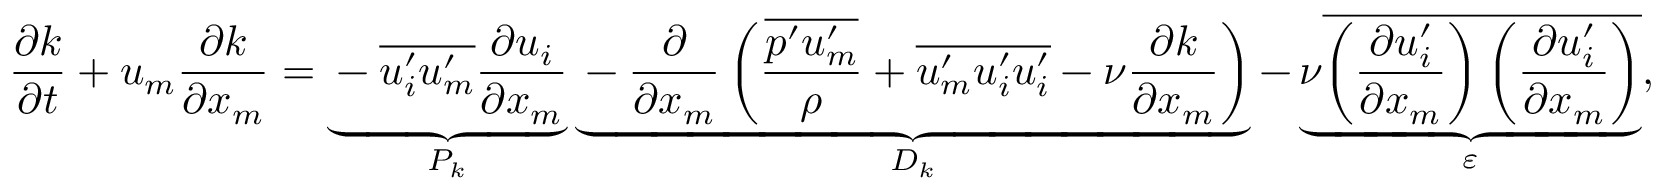
\frac { \partial k } { \partial t } + u _ { m } \frac { \partial k } { \partial x _ { m } } = \underbrace { - \overline { { u _ { i } ^ { \prime } u _ { m } ^ { \prime } } } \frac { \partial u _ { i } } { \partial x _ { m } } } _ { P _ { k } } \underbrace { - \frac { \partial } { \partial x _ { m } } \left( \frac { \overline { { p ^ { \prime } u _ { m } ^ { \prime } } } } { \rho } + \overline { { u _ { m } ^ { \prime } u _ { i } ^ { \prime } u _ { i } ^ { \prime } } } - \nu \frac { \partial k } { \partial x _ { m } } \right) } _ { D _ { k } } - \underbrace { \nu \overline { { \left( \frac { \partial u _ { i } ^ { \prime } } { \partial x _ { m } } \right) \left( \frac { \partial u _ { i } ^ { \prime } } { \partial x _ { m } } \right) } } } _ { \varepsilon } ,